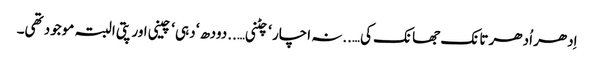
اِدھر اُدھر تانک جھانک کی…..نہ اچار ‘ چٹنی…..دودھ ‘ دہی ‘ چینی اور پتی البتہ موجود تھی۔